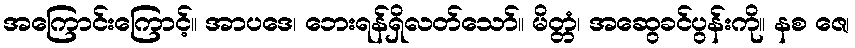
အကြောင်းကြောင့်။ အာပဒေ၊ ဘေးရန်ရှိလတ်သော်။ မိတ္တံ၊ အဆွေခင်ပွန်းကို။ နစ ဇေ၊